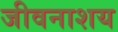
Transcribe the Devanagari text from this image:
जीवनाशय